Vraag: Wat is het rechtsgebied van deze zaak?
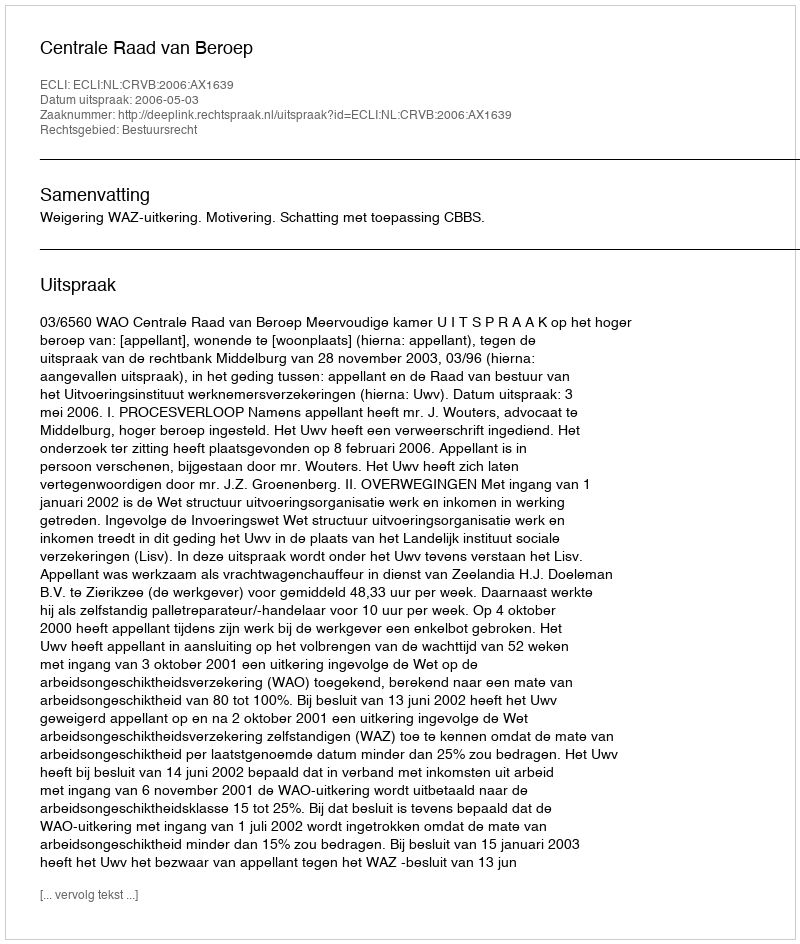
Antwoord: Bestuursrecht